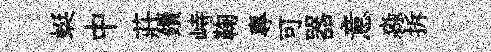
蜓中莊鑽峙鞠專可器意淼拆